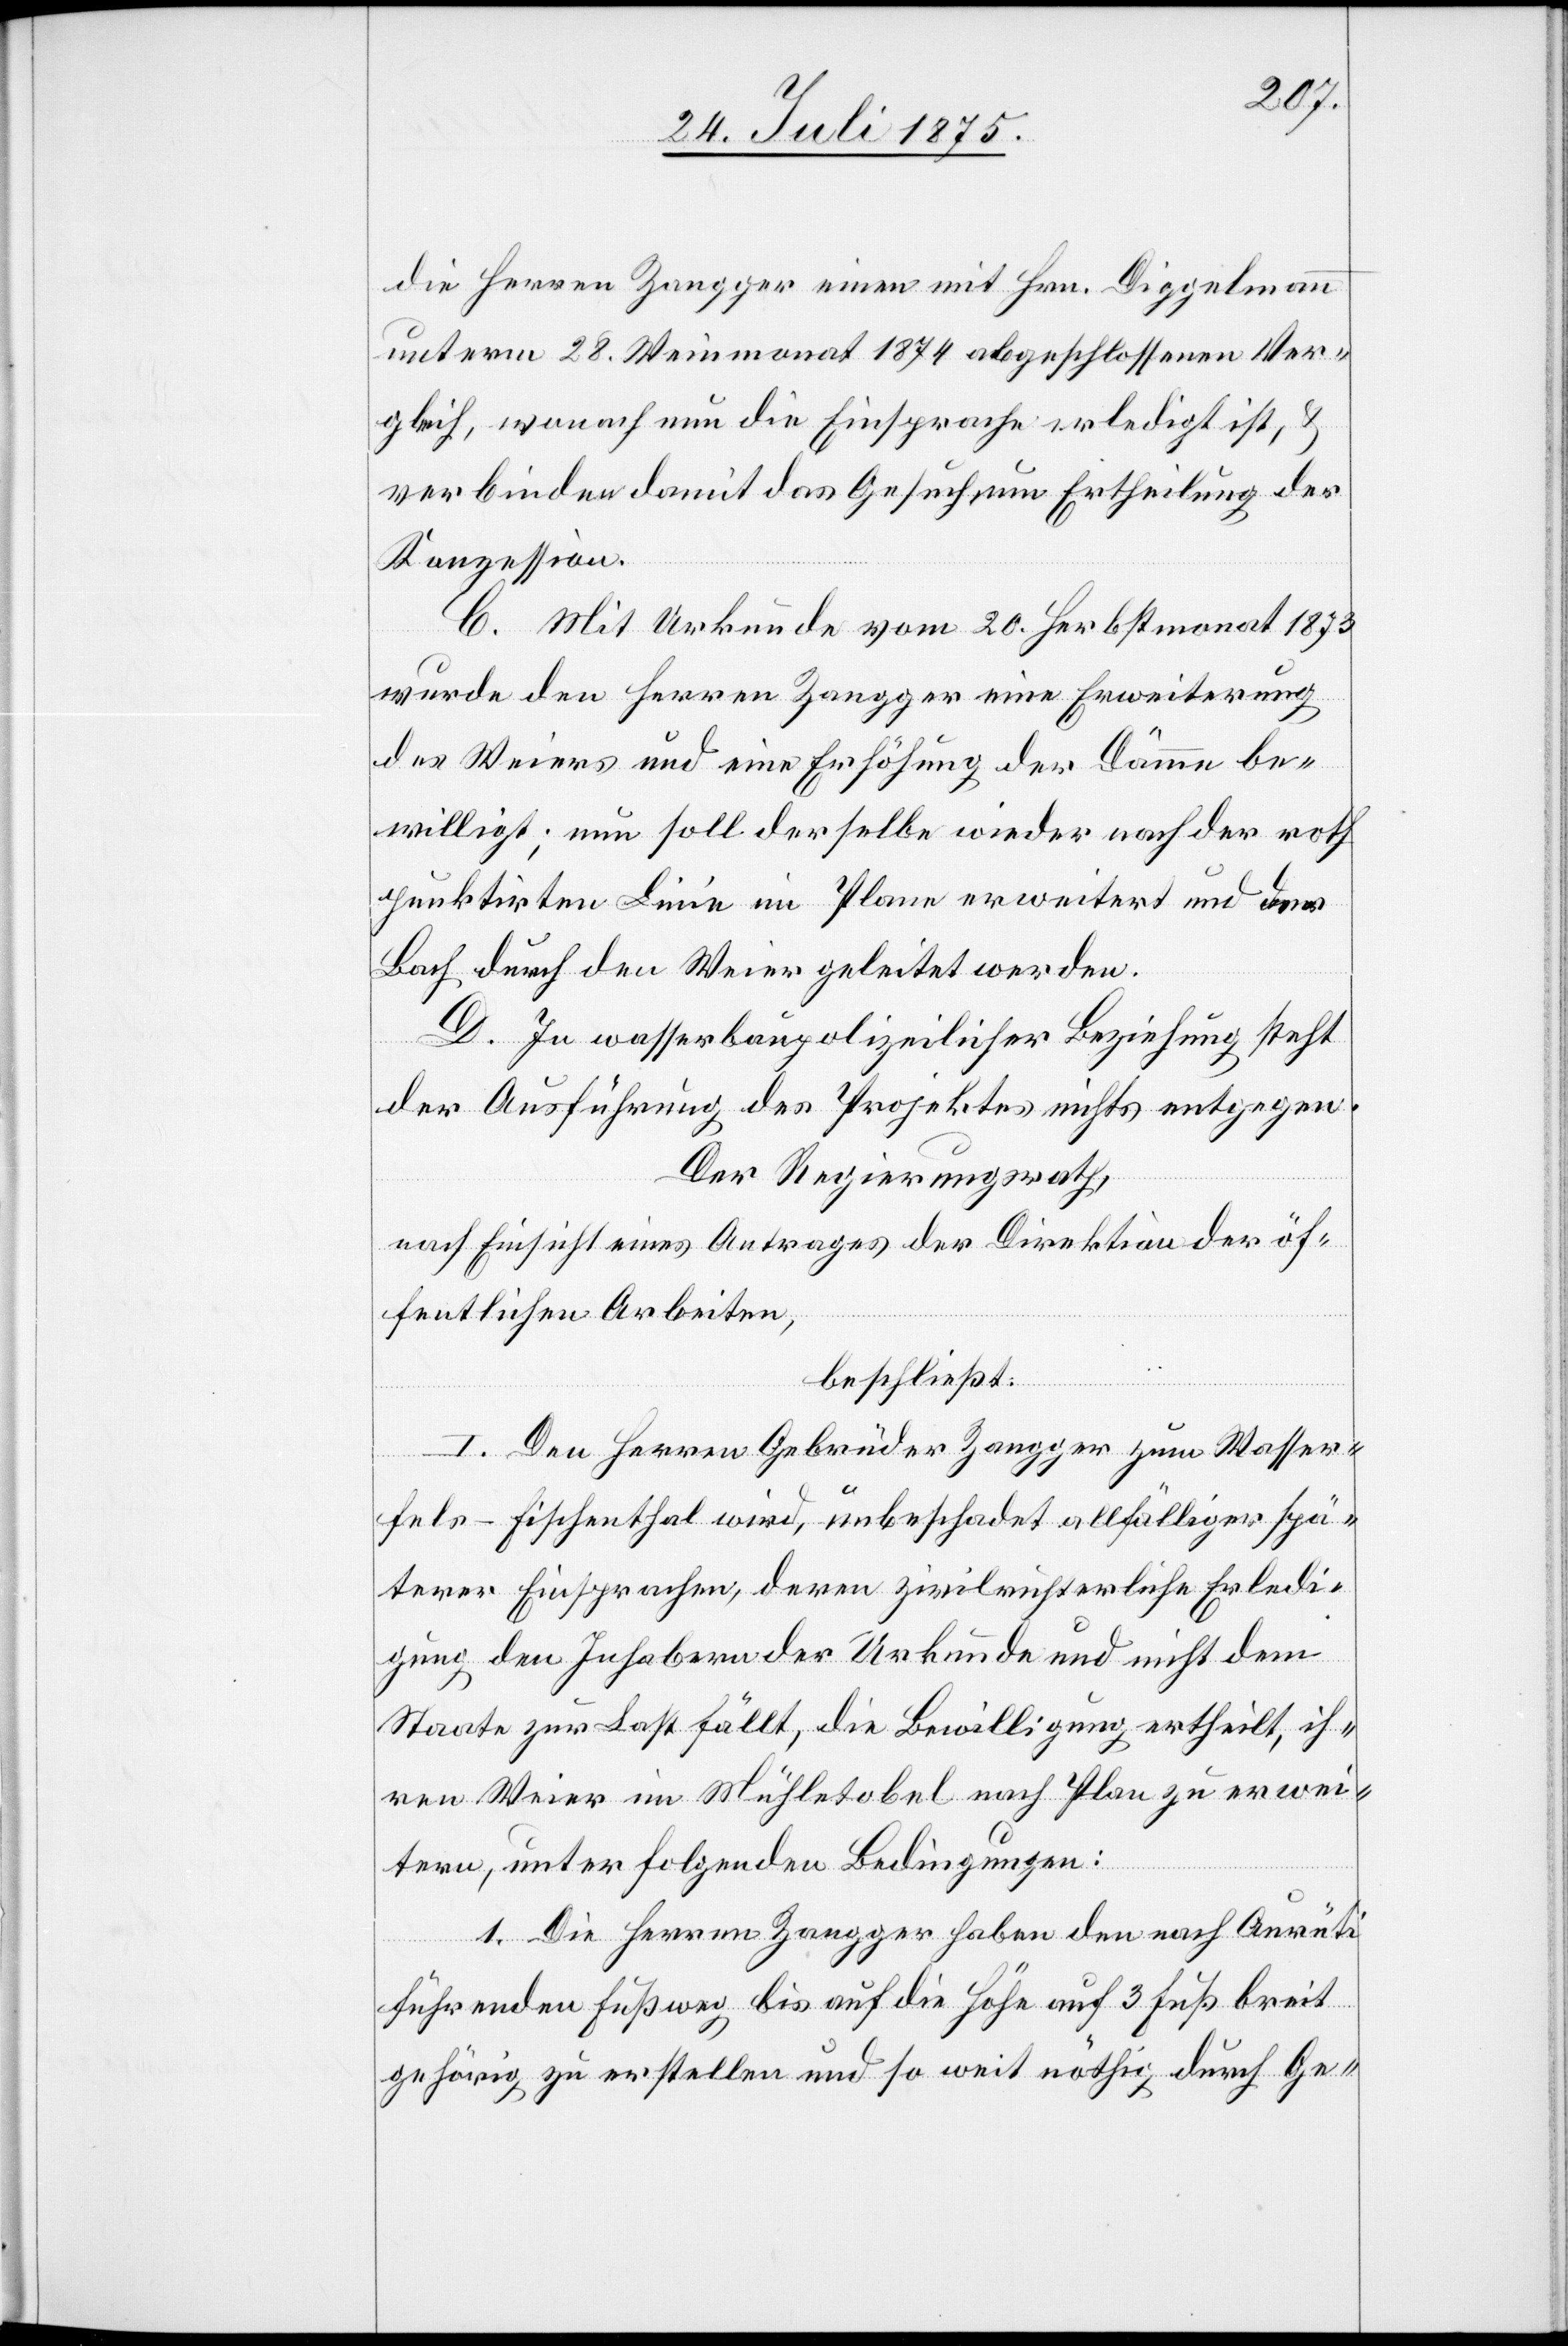
die Herren Zangger einen mit Hrn. Diggelmann
unterm 28. Weinmonat 1874 abgeschlossenen Ver¬
gleich, wonach nun die Einsprache erledigt ist, &
verbinden damit das Gesuch um Ertheilung der
Konzession.
C. Mit Urkunde vom 20. Herbstmonat 1873
wurde den Herren Zangger eine Erweiterung
des Weiers und eine Erhöhung der Dämme be¬
willigt; nun soll derselbe wieder nach der roth
punktirten Linie im Plane erweitert und der
Bach durch den Weier geleitet werden.
D. In wasserpolizeilicher Beziehung steht
der Ausführung des Projektes nichts entgegen.
Der Regierungsrath,
nach Einsicht eines Antrages der Direktion der öf¬
fentlichen Arbeiten,
beschließt:
I. Den Herren Gebrüder Zangger zum Wasser¬
fels – Fischenthal wird, unbeschadet allfälliger spä¬
terer Einsprachen, deren zivilrechtliche Erledi¬
gung den Inhabern der Urkunde und nicht dem
Staate zur Last fällt, deren Bewilligung ertheilt, ih¬
ren Weier im Mühletobel nach Plan zu erwei¬
tern, unter folgenden Bedingungen:
1. Die Herren Zangger haben den nach Aurüti
führenden Fußweg bis auf die Höhe auf 3 Fuß breit
gehörig zu erstellen und so weit nöthig durch Ge-